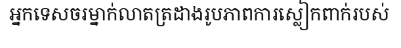
អ្នកទេសចរម្នាក់លាតត្រដាងរូបភាពការស្លៀកពាក់របស់